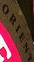
ORIENT